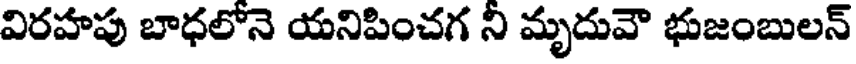
విరహపు బాధలోనె యనిపించగ ని మృదువౌ భుజంబులన్